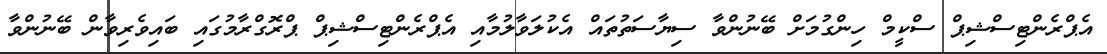
އެޕްރެންޓިސްޝިޕް ސްކީމް ހިންގުމަށް ބޭނުންވާ ސިޔާސަތުތައް އެކުލަވާލުމާއި އެޕްރެންޓިސްޝިޕް ޕްރޮގްރާމުގައި ބައިވެރިވާން ބޭނުންވާ